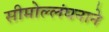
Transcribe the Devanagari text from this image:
सीमोल्लंघनाने